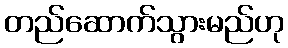
တည်ဆောက်သွားမည်ဟု